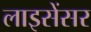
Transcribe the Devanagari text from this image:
लाइसेंसर